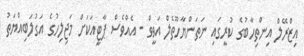
އިޒްރޭލް އިންތިހާބުގެ ކުރީގައި ނަތަންޔާހޫތެލް އަވީވް - އެއްވެސް ޕާޓީއަކަށް މަޖިލިހުގެ އަގުލަބިއްޔަތު